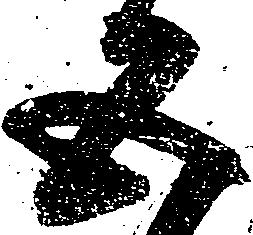
五